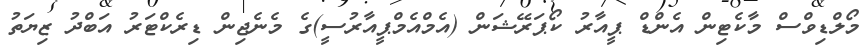
މޯލްޑިވްސް މާކެޓިން އެންޑް ޕީއާރު ކޯޕަރޭޝަން (އެމްއެމްޕީއާރުސީ)ގެ މެނެޖިން ޑިރެކްޓަރު އަބްދު ޒިޔަތު